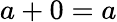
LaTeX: a+0=a